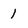
Character: 1